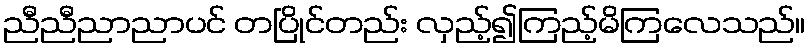
ညီညီညာညာပင် တပြိုင်တည်း လှည့်၍ကြည့်မိကြလေသည်။